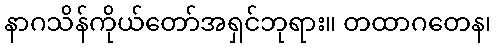
နာဂသိန်ကိုယ်တော်အရှင်ဘုရား။ တထာဂတေန၊